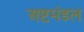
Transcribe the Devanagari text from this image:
अष्टमंडल